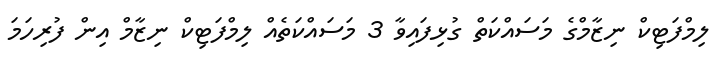
ލިމްފަޓިކް ނިޒާމްގެ މަސައްކަތް ގުޅިފައިވާ 3 މަސައްކަތެއް ލިމްފަޓިކް ނިޒާމް އިން ފުރިހަމަ